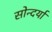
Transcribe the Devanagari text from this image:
सोन्दर्या